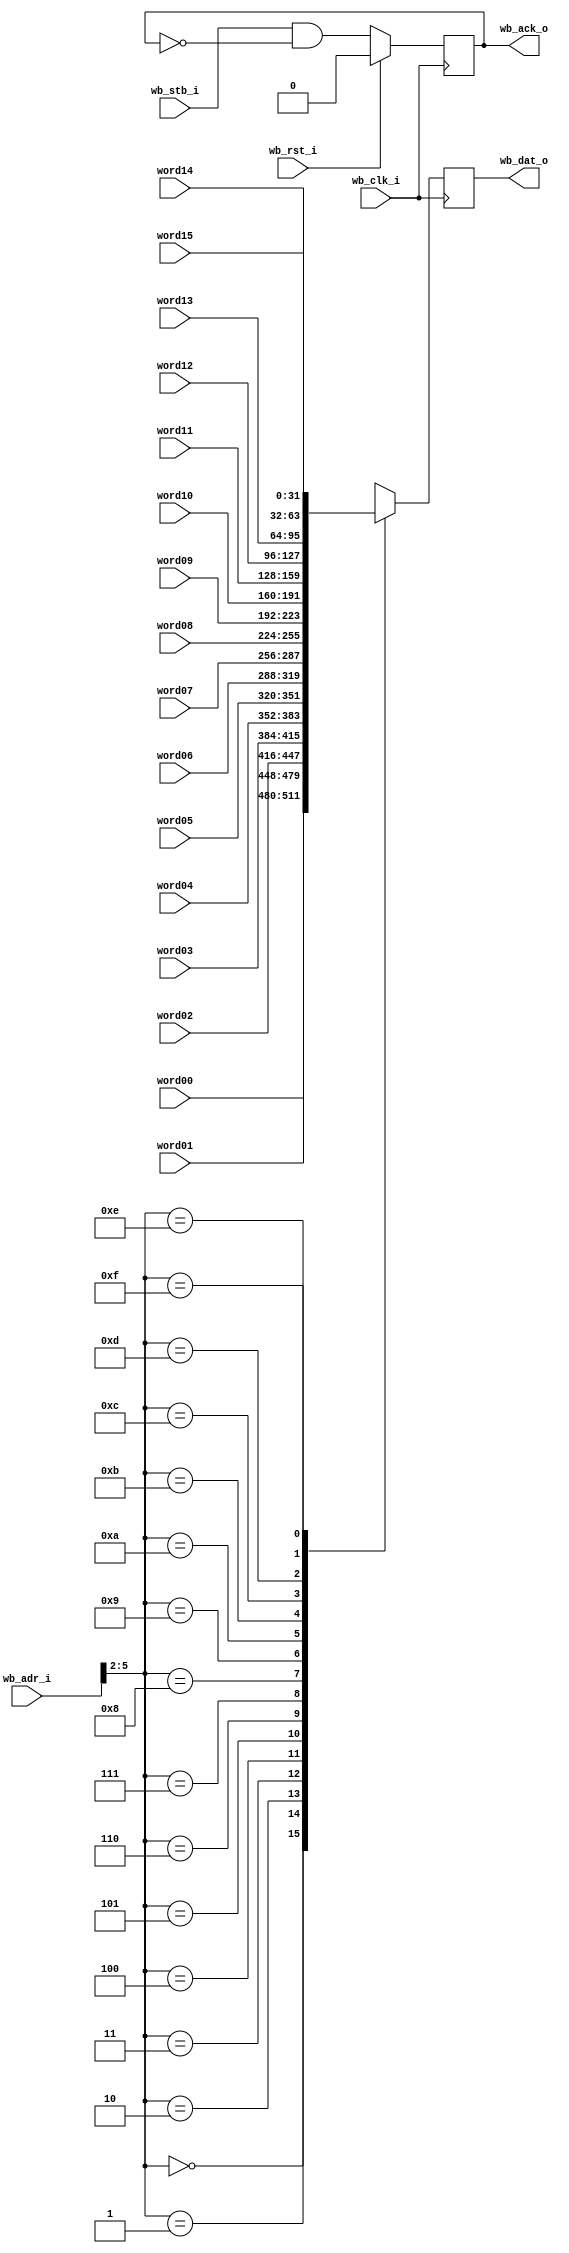
//
// Copyright 2011 Ettus Research LLC
//
// This program is free software: you can redistribute it and/or modify
// it under the terms of the GNU General Public License as published by
// the Free Software Foundation, either version 3 of the License, or
// (at your option) any later version.
//
// This program is distributed in the hope that it will be useful,
// but WITHOUT ANY WARRANTY; without even the implied warranty of
// MERCHANTABILITY or FITNESS FOR A PARTICULAR PURPOSE.  See the
// GNU General Public License for more details.
//
// You should have received a copy of the GNU General Public License
// along with this program.  If not, see <http://www.gnu.org/licenses/>.
//



// Note -- clocks must be synchronous (derived from the same source)
// Assumes alt_clk is running at a multiple of wb_clk

module wb_readback_mux
  (input wb_clk_i,
   input wb_rst_i,
   input wb_stb_i,
   input [15:0] wb_adr_i,
   output reg [31:0] wb_dat_o,
   output reg wb_ack_o,
   
   input [31:0] word00,
   input [31:0] word01,
   input [31:0] word02,
   input [31:0] word03,
   input [31:0] word04,
   input [31:0] word05,
   input [31:0] word06,
   input [31:0] word07,
   input [31:0] word08,
   input [31:0] word09,
   input [31:0] word10,
   input [31:0] word11,
   input [31:0] word12,
   input [31:0] word13,
   input [31:0] word14,
   input [31:0] word15
   );

   always @(posedge wb_clk_i)
     if(wb_rst_i)
       wb_ack_o <= 0;
     else
       wb_ack_o <= wb_stb_i & ~wb_ack_o;
   
   always @(posedge wb_clk_i)
     case(wb_adr_i[5:2])
       0 : wb_dat_o <= word00;
       1 : wb_dat_o <= word01;
       2 : wb_dat_o <= word02;
       3 : wb_dat_o <= word03;
       4 : wb_dat_o <= word04;
       5 : wb_dat_o <= word05;
       6 : wb_dat_o <= word06;
       7 : wb_dat_o <= word07;
       8 : wb_dat_o <= word08;
       9 : wb_dat_o <= word09;
       10: wb_dat_o <= word10;
       11: wb_dat_o <= word11;
       12: wb_dat_o <= word12;
       13: wb_dat_o <= word13;
       14: wb_dat_o <= word14;
       15: wb_dat_o <= word15;
     endcase // case(addr_reg[3:0])
      
endmodule // wb_readback_mux